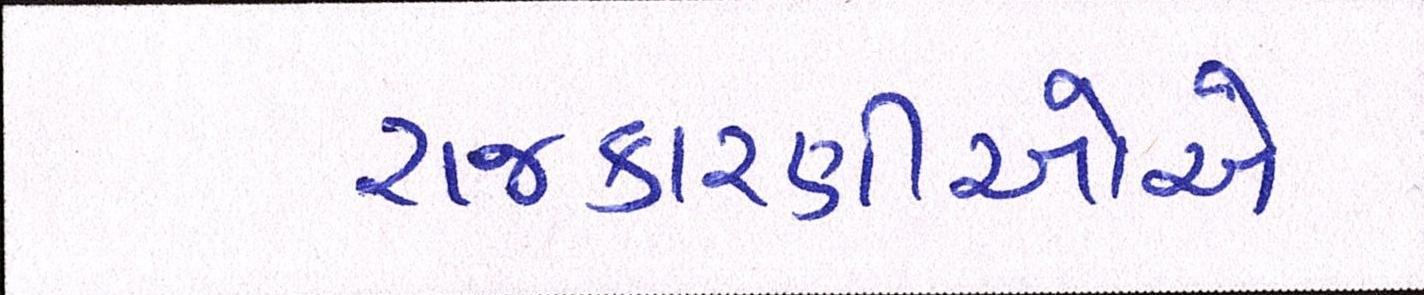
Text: રાજકારણીઓએ